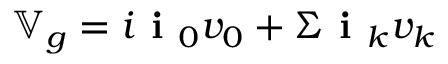
\mathbb { V } _ { g } = i \textbf { i } _ { 0 } v _ { 0 } + \Sigma \textbf { i } _ { k } v _ { k }